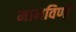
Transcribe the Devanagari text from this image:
मानविणी